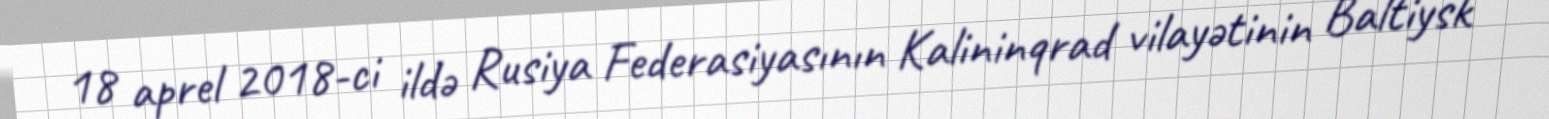
18 aprel 2018-ci ildə Rusiya Federasiyasının Kalininqrad vilayətinin Baltiysk